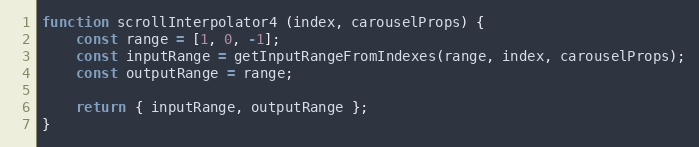
Language: JavaScript
function scrollInterpolator4 (index, carouselProps) {
    const range = [1, 0, -1];
    const inputRange = getInputRangeFromIndexes(range, index, carouselProps);
    const outputRange = range;

    return { inputRange, outputRange };
}